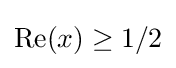
\operatorname {Re} (x)\geq 1/2